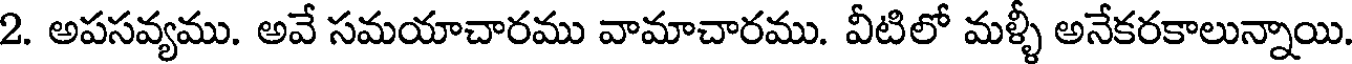
2. అపసవ్యము. అవే సమయాచారము వామాచారము. వీటిలో మళ్ళీ అనేకరకాలున్నాయి.